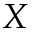
X